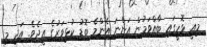
މިއީ ޅޮހީގައި ބާއްވަމުން އަންނަ އެންމެ ބޮޑު ކުޅިވަރުގެ އީދެވެ. އަދި މި